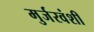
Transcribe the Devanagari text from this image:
मुर्जरवंशी